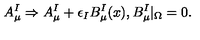
A _ { \mu } ^ { I } \Rightarrow A _ { \mu } ^ { I } + \epsilon _ { I } B _ { \mu } ^ { I } ( x ) , B _ { \mu } ^ { I } | _ { \Omega } = 0 .